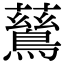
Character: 鶿